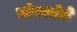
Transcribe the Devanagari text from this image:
सोपवलेले